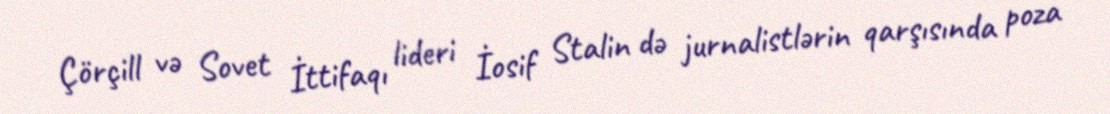
Çörçill və Sovet İttifaqı lideri İosif Stalin də jurnalistlərin qarşısında poza